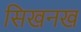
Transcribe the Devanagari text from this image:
सिखनख